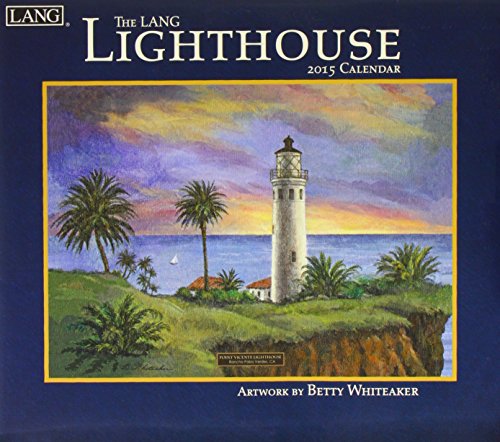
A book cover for The Lang Lighthouse 2015 Calendar; Calendars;